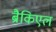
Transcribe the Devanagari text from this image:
ब्रैकिएल